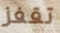
تقفز